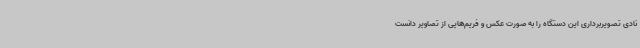
نادی تصویربرداری این دستگاه را به صورت عکس و فریم‌هایی از تصاویر دانست